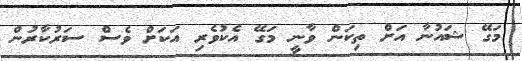
މަގޭ ޝައުނާ އަށް ތިކަން ވާނީ މަގޭ އެކުވެރި އަކަށް ވެސް ސަރުކާރުން